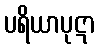
ပရိယာပုဋာ